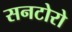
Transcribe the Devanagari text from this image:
सनटोरो